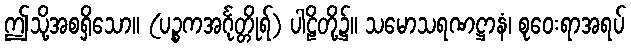
ဤသို့အစရှိသော။ (ပဉ္စကအင်္ဂုတ္တိုရ်) ပါဠိတို့၌။ သမောသရဏဋ္ဌာနံ၊ စုဝေးရာအရပ်